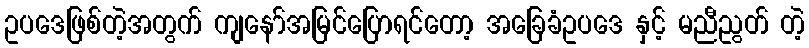
ဥပဒေဖြစ်တဲ့အတွက် ကျနော်အမြင်ပြောရင်တော့ အခြေခံဥပဒေ နှင့် မညီညွတ် တဲ့